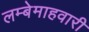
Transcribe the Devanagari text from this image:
लम्बेमाहवारी